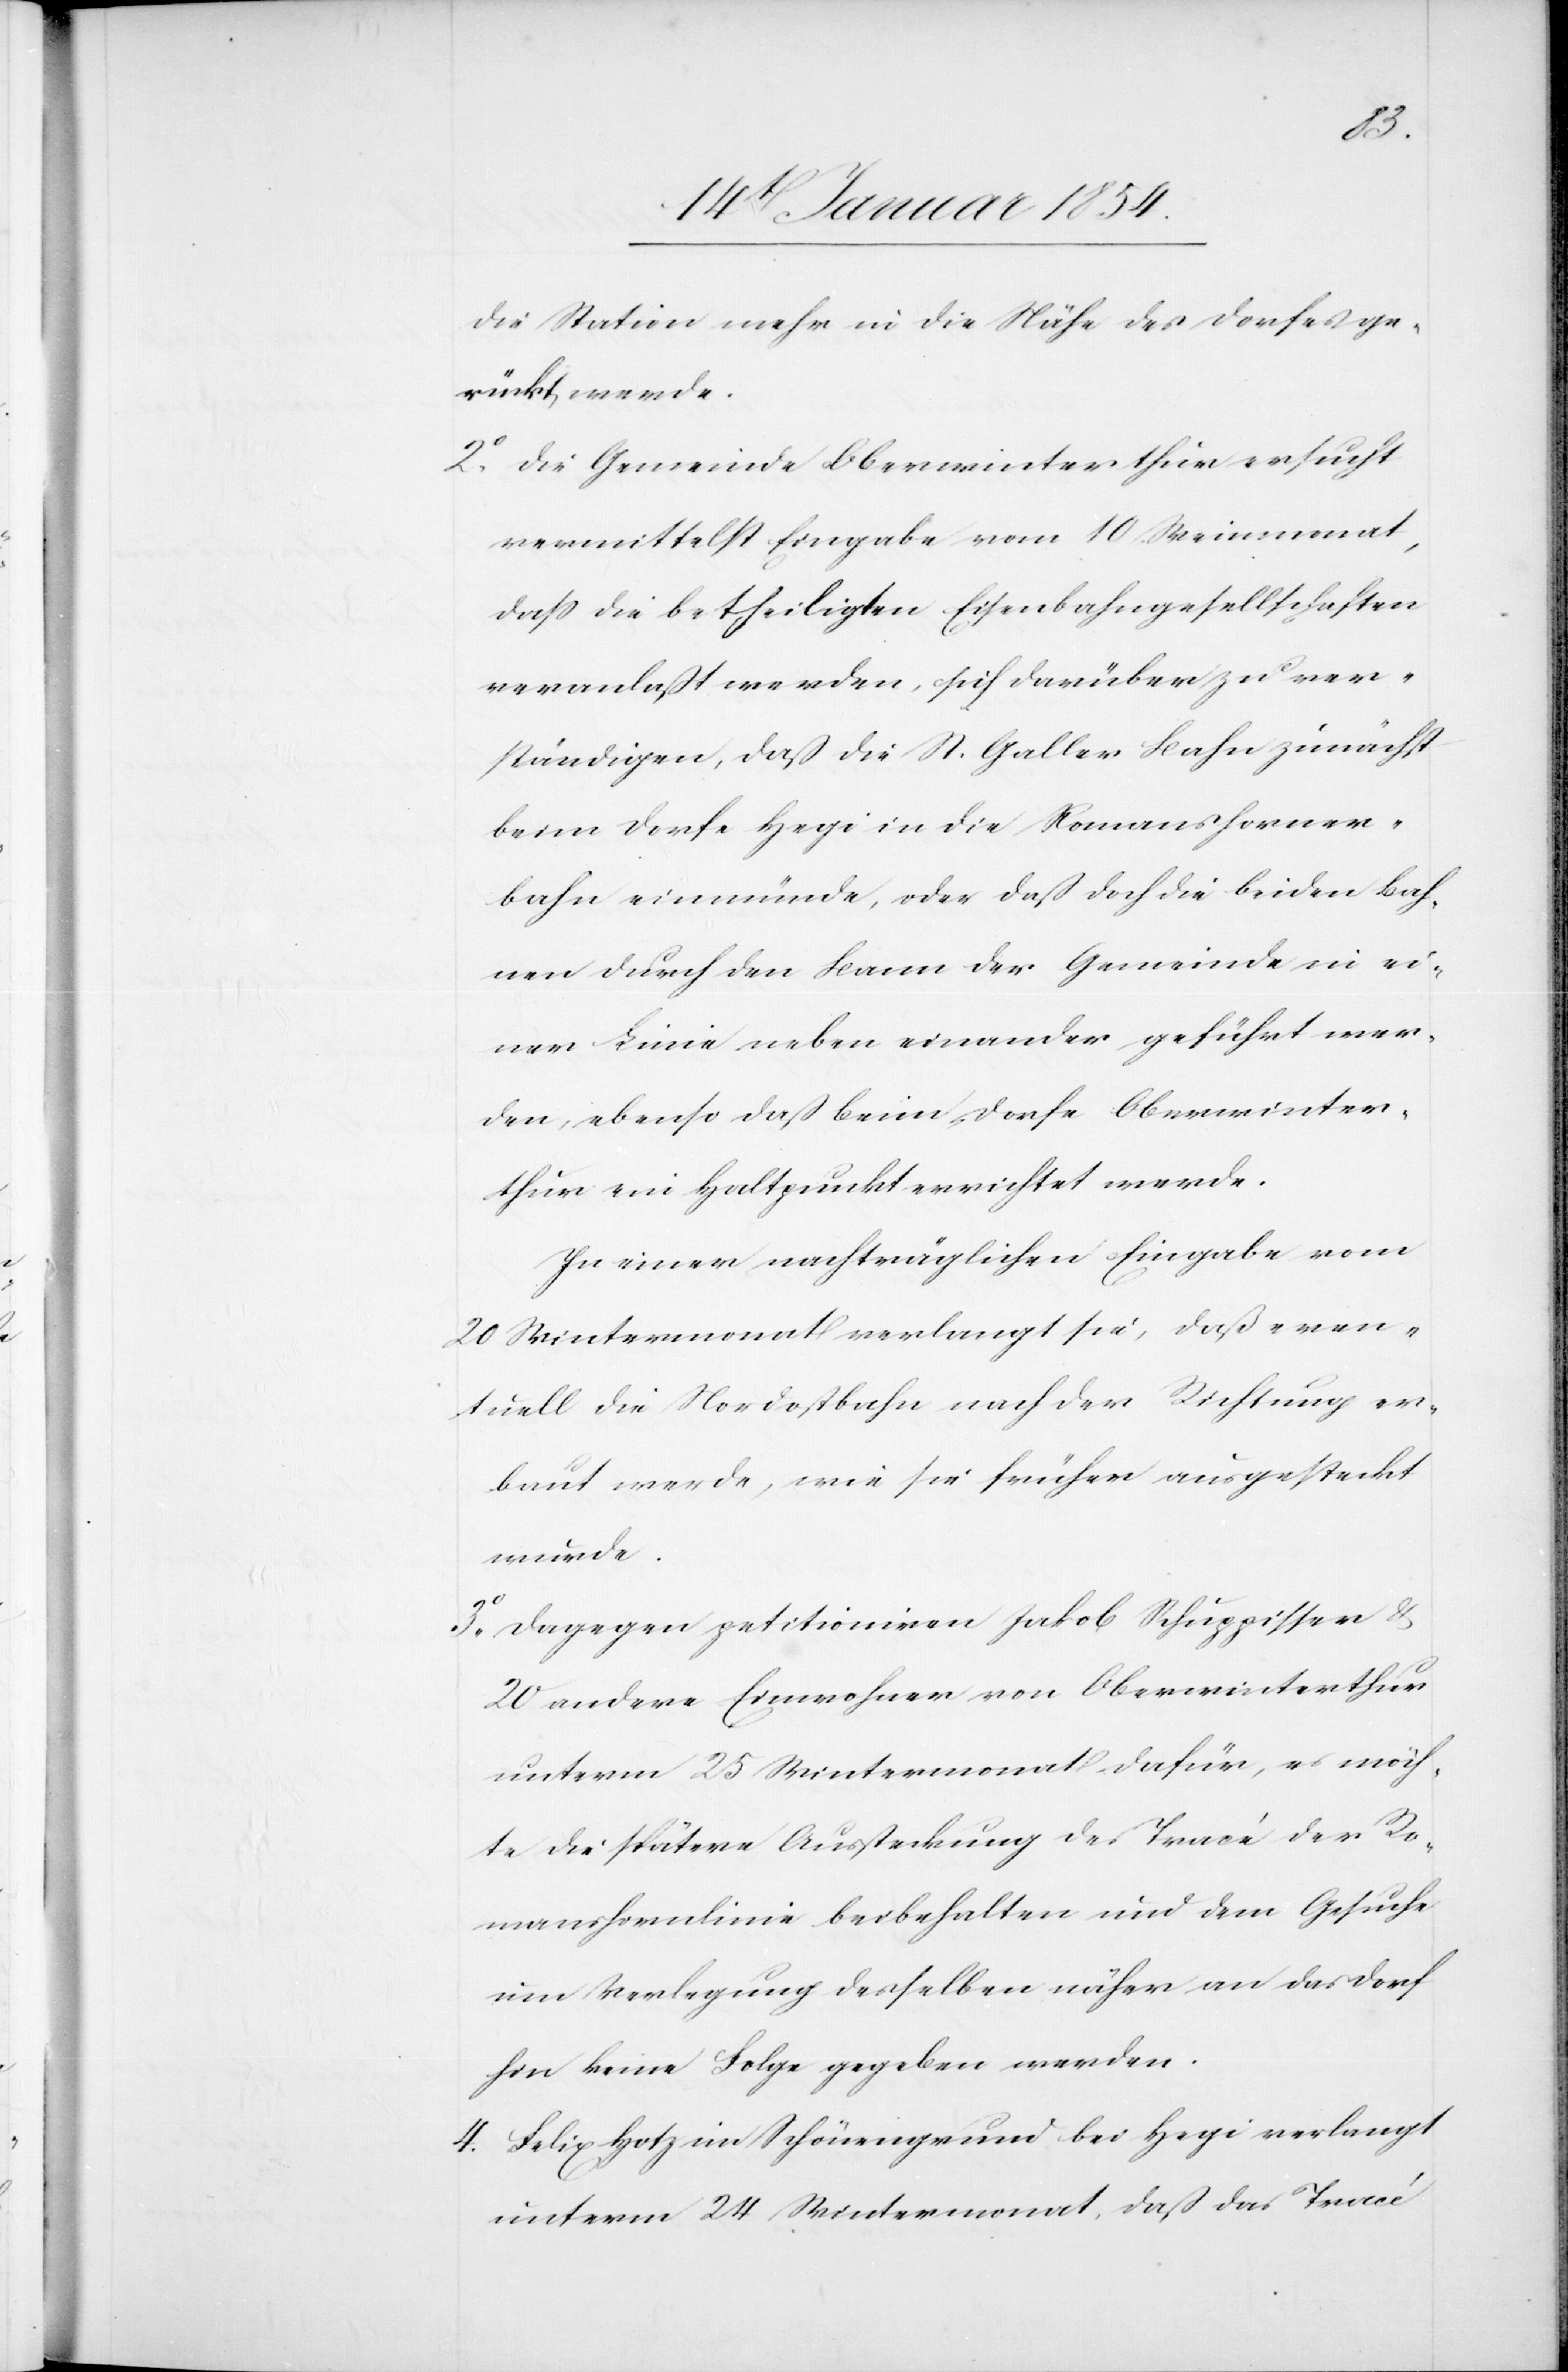
die Station mehr in die Nähe des Dorfes ge¬
rückt werde.
2o Die Gemeinde Oberwinterthur ersucht
vermittelst Eingabe vom 10. Weinmonat,
daß die betheiligten Eisenbahngesellschaften
veranlaßt werden, sich darüber zu ver¬
ständigen, daß die St. Galler Bahn zunächst
beim Dorfe Hegi in die Romanshorner¬
bahn einmünde, oder daß doch die beiden Bah¬
nen durch den Bann der Gemeinde in ei¬
ner Linie neben einander geführt wer¬
den, ebenso daß beim Dorfe Oberwinter¬
thur ein Haltpunkt errichtet werde.
In einer nachträglichen Eingabe vom
20 Wintermonat verlangt sie, daß even¬
tuell die Nordostbahn nach der Richtung er¬
baut werde, wie sie früher ausgesteckt
wurde.
3o Dagegen petitioniren Jakob Schuppisser &
20 andere Einwohner von Oberwinterthur
unterm 25 Wintermonat dafür, es möch¬
te die spätere Aussteckung des Tracé der Ro¬
manshornlinie beibehalten und dem Gesuche
um Verlegung desselben näher an das Dorf
hin keine Folge gegeben werden.
4. Selig Hotz im Schönengrund bei Hegi verlangt
unterm 24 Wintermonat, daß das Tracé